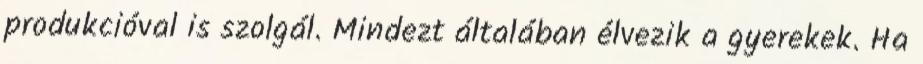
produkcióval is szolgál. Mindezt általában élvezik a gyerekek. Ha